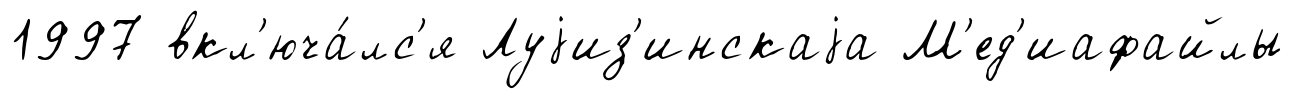
1997 вкл'юча́лс'я Луjиз'инскаjа М'ед'иафайлы